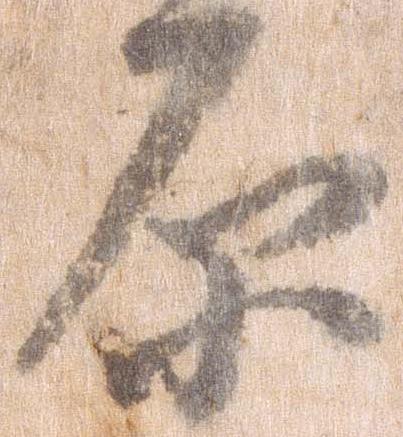
原